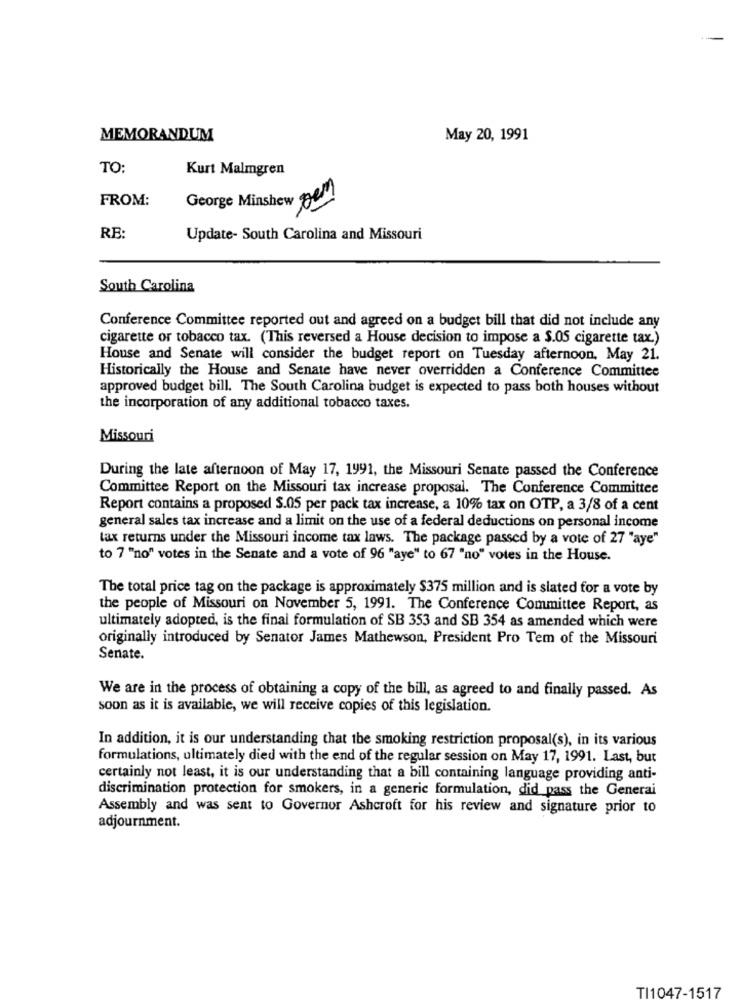
MEMORANDUM
May 20, 1991
TO:
Kurt Malmgren
FROM:
George Minshew
RB:
Update- South Carolina and Missouri
South Carolina
Conference Committee reported out and agreed on a budget bill that did not include any
cigarette or tobacco tax. (This reversed a House decision to impose a $.05 cigarette tax.)
House and Senate will consider the budget report on Tuesday afternoon, May 21.
Historically the House and Senate have never overridden a Conference Committee
approved budget bill. The South Carolina budget is expected to pass both houses without
the incorporation of any additional tobacco taxes.
Missouri
During the late afternoon of May 17, 1991, the Missouri Senate passed the Conference
Committee Report on the Missouri tax increase proposal. The Conference Committee
Report contains a proposed $.05 per pack tax increase, a 10% tax on OTP, a 3/8 of a cent
general sales tax increase and a limit on the use of a federal deductions on personal income
tax returns under the Missouri income tax laws. The package passed by a vote of 27 "aye"
to 7 "no" votes in the Senate and a vote of 96 "aye" to 67 "no" votes in the House.
The total price tag on the package is approximately $375 million and is slated for a vote by
the people of Missouri on November 5, 1991. The Conference Committee Report, as
ultimately adopted, is the final formulation of SB 353 and SB 354 as amended which were
originally introduced by Senator James Mathewson, President Pro Tem of the Missouri
Senate.
We are in the process of obtaining a copy of the bill, as agreed to and finally passed. As
soon as it is available, we will receive copies of this legislation.
In addition, it is our understanding that the smoking restriction proposal(s), in its various
formulations, ultimately died with the end of the regular session on May 17, 1991. Last, but
certainly not least, it is our understanding that a bill containing language providing anti-
discrimination protection for smokers, in a generic formulation, did pass the Generai
Assembly and was sent to Governor Ashcroft for his review and signature prior to
adjournment.
TI1047-1517